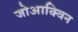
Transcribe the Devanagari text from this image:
जोआक्विन